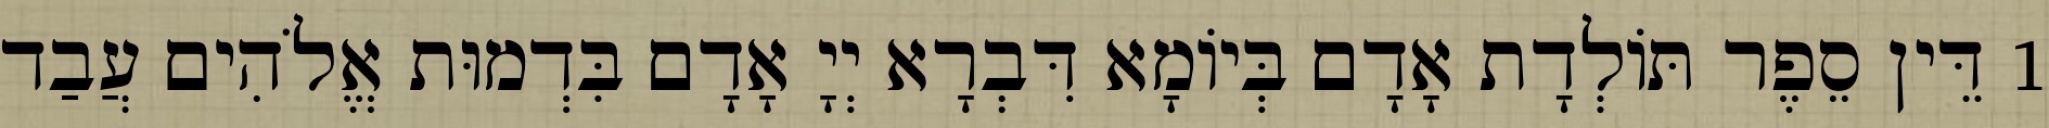
1 דֵּין סֵפֶר תּוֹלְדָת אָדָם בְּיוֹמָא דִּבְרָא יְיָ אָדָם בִּדְמוּת אֱלֹהִים עֲבַד